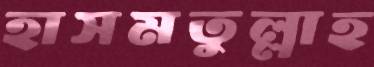
হাসমতুল্লাহ